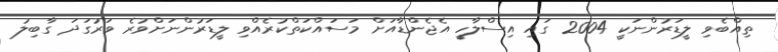
ތިއްބެވި ލީޑަރުންނަކީ 2004 ގައި އިސްލާހީ އެޖެންޑާއަށް މަސައްކަތްކުރެއްވި ލީޑަރުންނަށްވުރެ ވަރުގަދަ ގާބިލު